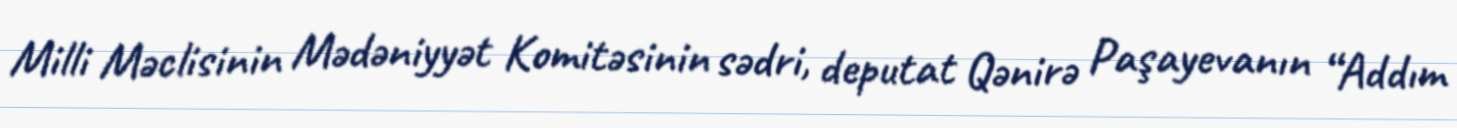
Milli Məclisinin Mədəniyyət Komitəsinin sədri, deputat Qənirə Paşayevanın “Addım